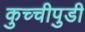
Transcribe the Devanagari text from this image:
कुच्चीपुडी